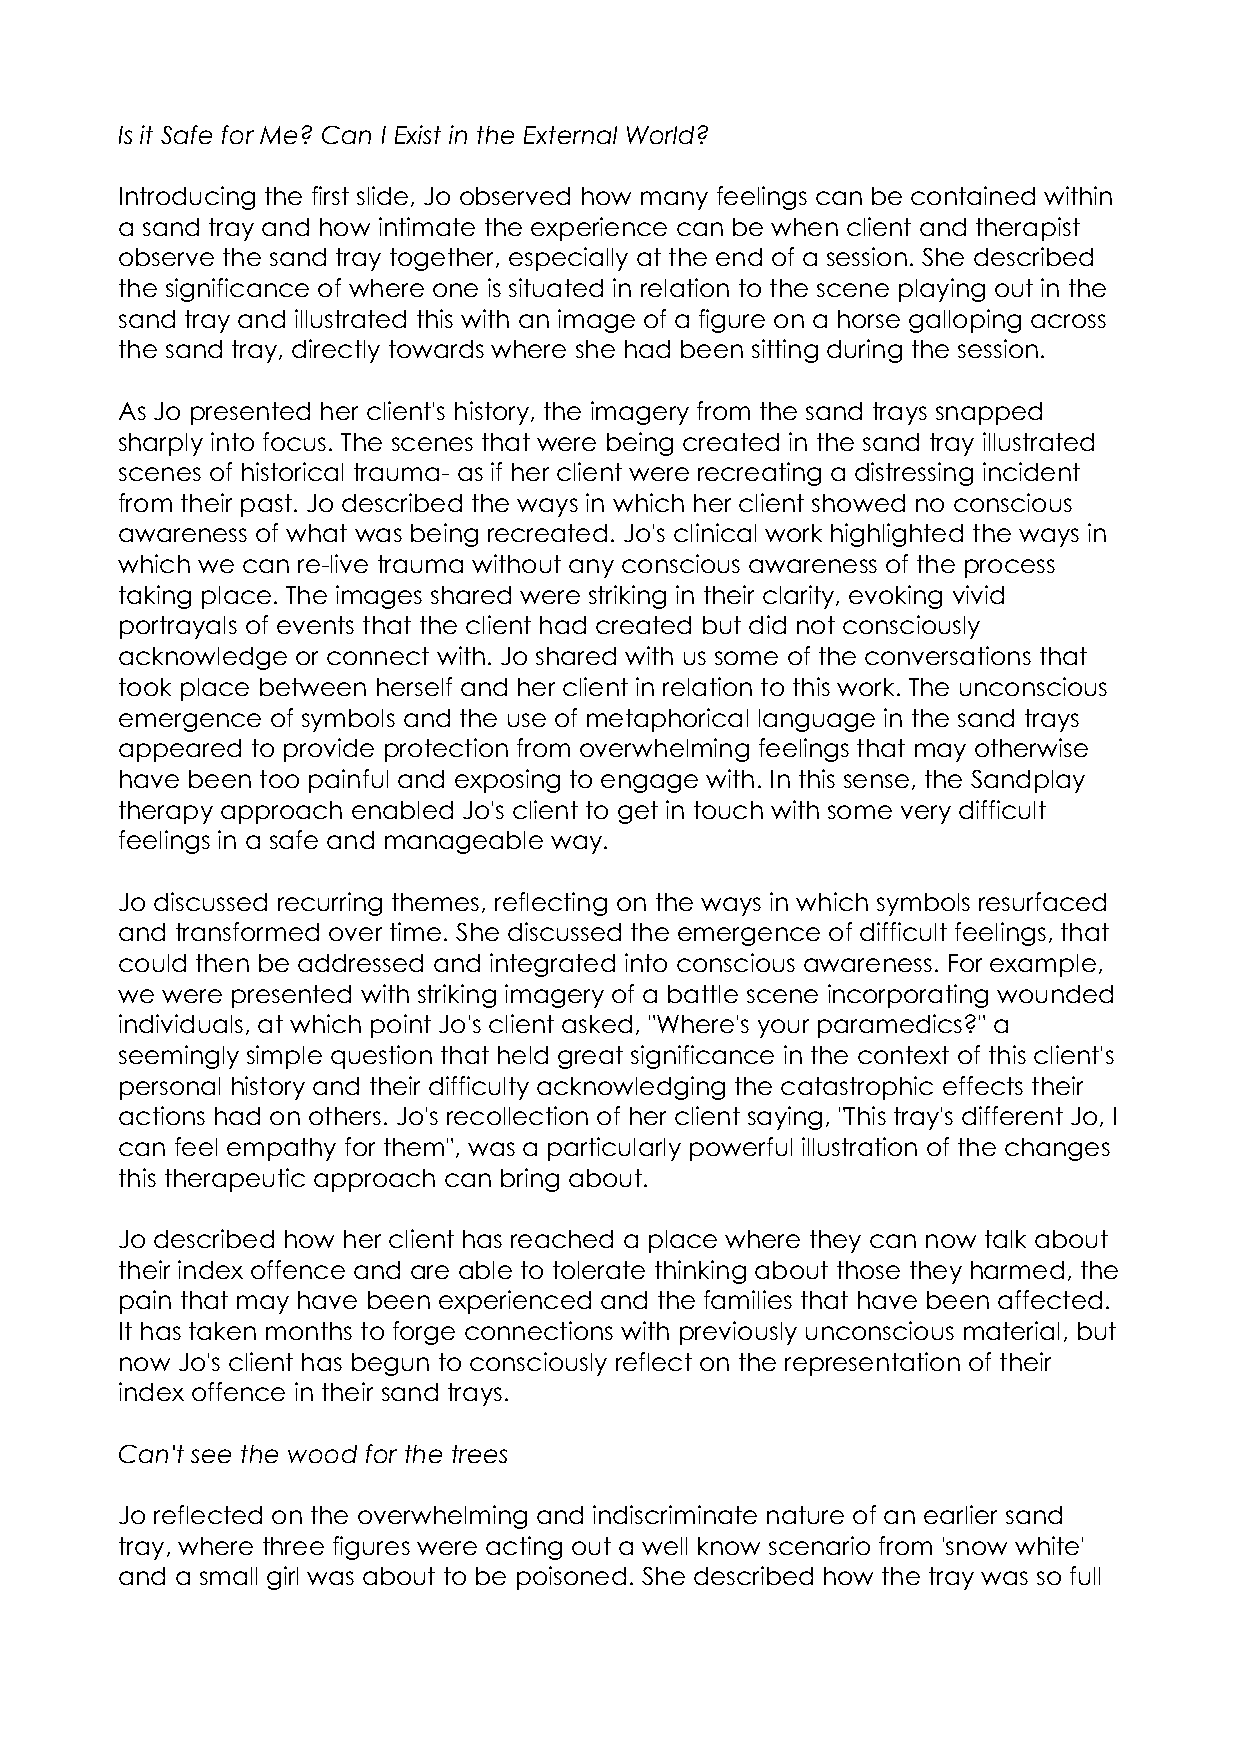
Is it Safe for Me? Can I Exist in the External World?
 Introducing the first slide, Jo observed how many feelings can be contained within
 a sand tray and how intimate the experience can be when client and therapist
 observe the sand tray together, especially at the end of a session. She described
 the significance of where one is situated in relation to the scene playing out in the
 sand tray and illustrated this with an image of a figure on a horse galloping across
 the sand tray, directly towards where she had been sitting during the session.
 As Jo presented her client's history, the imagery from the sand trays snapped
 sharply into focus. The scenes that were being created in the sand tray illustrated
 scenes of historical trauma- as if her client were recreating a distressing incident
 from their past. Jo described the ways in which her client showed no conscious
 awareness of what was being recreated. Jo's clinical work highlighted the ways in
 which we can re-live trauma without any conscious awareness of the process
 taking place. The images shared were striking in their clarity, evoking vivid
 portrayals of events that the client had created but did not consciously
 acknowledge or connect with. Jo shared with us some of the conversations that
 took place between herself and her client in relation to this work. The unconscious
 emergence of symbols and the use of metaphorical language in the sand trays
 appeared to provide protection from overwhelming feelings that may otherwise
 have been too painful and exposing to engage with. In this sense, the Sandplay
 therapy approach enabled Jo's client to get in touch with some very difficult
 feelings in a safe and manageable way.
 Jo discussed recurring themes, reflecting on the ways in which symbols resurfaced
 and transformed over time. She discussed the emergence of difficult feelings, that
 could then be addressed and integrated into conscious awareness. For example,
 we were presented with striking imagery of a battle scene incorporating wounded
 individuals, at which point Jo's client asked, "Where's your paramedics?" a
 seemingly simple question that held great significance in the context of this client's
 personal history and their difficulty acknowledging the catastrophic effects their
 actions had on others. Jo's recollection of her client saying, "This tray's different Jo, I
 can feel empathy for them", was a particularly powerful illustration of the changes
 this therapeutic approach can bring about.
 Jo described how her client has reached a place where they can now talk about
 their index offence and are able to tolerate thinking about those they harmed, the
 pain that may have been experienced and the families that have been affected.
 It has taken months to forge connections with previously unconscious material, but
 now Jo's client has begun to consciously reflect on the representation of their
 index offence in their sand trays.
 Can't see the wood for the trees
 Jo reflected on the overwhelming and indiscriminate nature of an earlier sand
 tray, where three figures were acting out a well know scenario from 'snow white'
 and a small girl was about to be poisoned. She described how the tray was so full